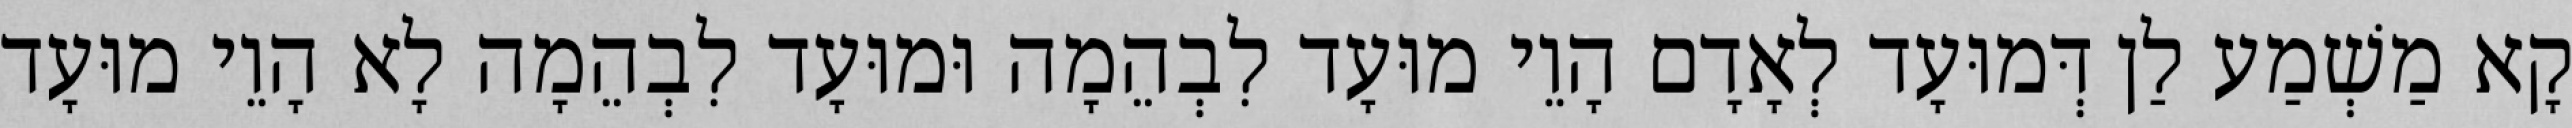
קָא מַשְׁמַע לַן דְּמוּעָד לְאָדָם הָוֵי מוּעָד לִבְהֵמָה וּמוּעָד לִבְהֵמָה לָא הָוֵי מוּעָד